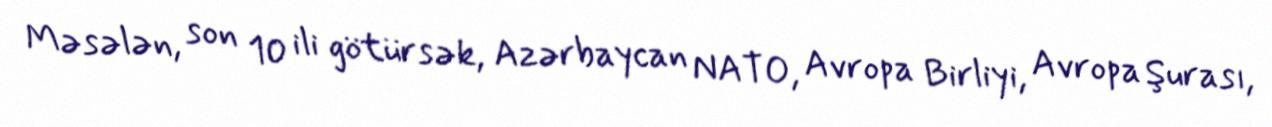
Məsələn, son 10 ili götürsək, Azərbaycan NATO, Avropa Birliyi, Avropa Şurası,